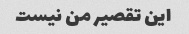
این تقصیر من نیست